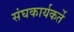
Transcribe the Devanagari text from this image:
संघकार्यकर्ते